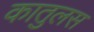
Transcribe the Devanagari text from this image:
कातुलस